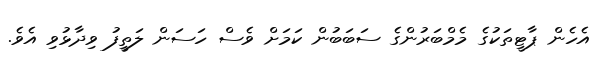
އެހެން ޕާޓީތަކުގެ މެމްބަރުންގެ ސަބަބުން ކަމަށް ވެސް ހަސަން ލަތީފު ވިދާޅުވި އެވެ.